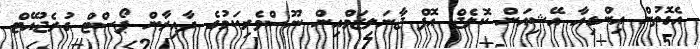
އެގޮތުން އިންޑިއާ އޭޝިއަން ކޮލެޖް އޮފް ޖާނަލިޒަމްއިން ނޫސްވެރިކަމުގެ ދާއިރާން ޕޯސްޓް ގުރެޖުއޭޓް